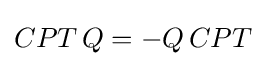
CPT\,Q=-Q\,CPT